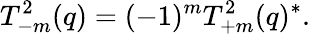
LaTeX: T_{-m}^{2}(q)=(-1)^{m}T_{+m}^{2}(q)^{*}.